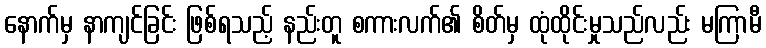
နောက်မှ နာကျင်ခြင်း ဖြစ်ရသည့် နည်းတူ စကားလက်၏ စိတ်မှ ထုံထိုင်းမှုသည်လည်း မကြာမီ